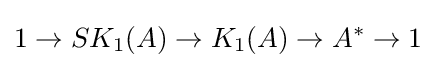
1\to SK_{1}(A)\to K_{1}(A)\to A^{*}\to 1